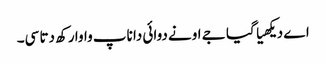
اے دیکھیا گیا جے اونے دوائی دا ناپ واوا رکھ دتا سی۔